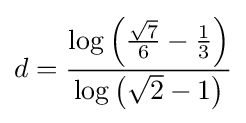
d={\frac {\log \left({\frac {\sqrt {7}}{6}}-{\frac {1}{3}}\right)}{\log \left({\sqrt {2}}-1\right)}}